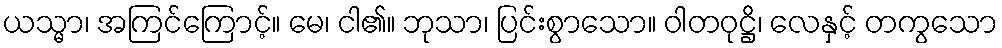
ယသ္မာ၊ အကြင်ကြောင့်။ မေ၊ ငါ၏။ ဘုသာ၊ ပြင်းစွာသော။ ဝါတဝုဋ္ဌိ၊ လေနှင့် တကွသော